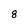
Character: 8